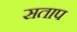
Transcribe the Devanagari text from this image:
सताप